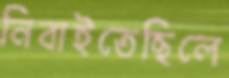
নিবাইতেছিলে